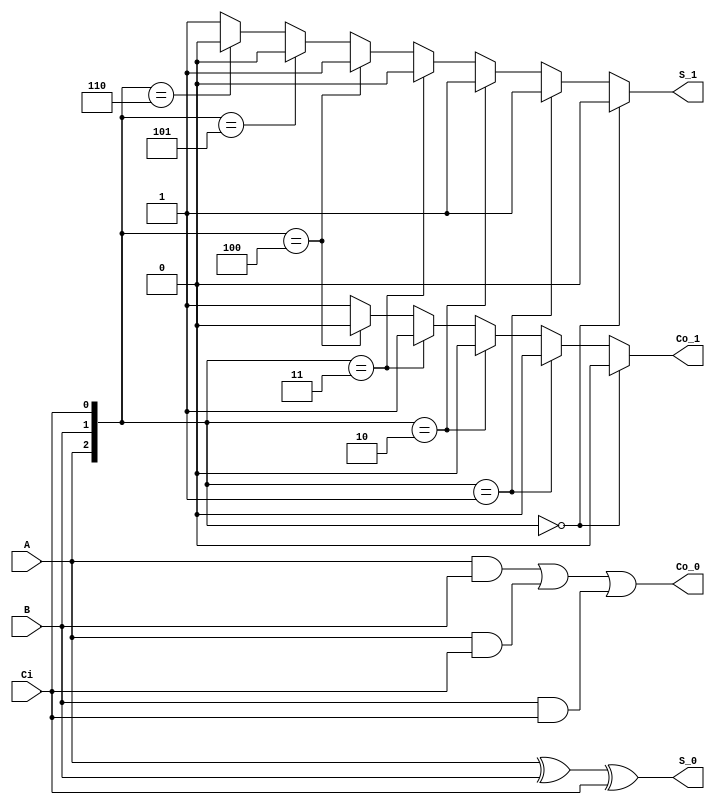
// Ch07 adder1.v
// @[k (assign zP if z)

module adder1 (S_0, S_1, Co_0, Co_1, A, B, Ci);
input  A, B, Ci;		// A, B, Ci @J
output S_0, S_1, Co_0, Co_1; 	// S [kM, Co i
reg    S_1, Co_1;		// is

// L{yz 
assign S_0 = A ^ B ^ Ci;
assign Co_0 = (A & B) | (A & Ci) | (B & Ci);

// duyz 
always@ (A or B or Ci)
  if      ({A,B,Ci} == 3'b000)    {Co_1,S_1} = 2'b00; 
  else if ({A,B,Ci} == 3'b001)    {Co_1,S_1} = 2'b01; 
  else if ({A,B,Ci} == 3'b010)    {Co_1,S_1} = 2'b01; 
  else if ({A,B,Ci} == 3'b011)    {Co_1,S_1} = 2'b10; 
  else if ({A,B,Ci} == 3'b100)    {Co_1,S_1} = 2'b01; 
  else if ({A,B,Ci} == 3'b101)    {Co_1,S_1} = 2'b10; 
  else if ({A,B,Ci} == 3'b110)    {Co_1,S_1} = 2'b10; 
  else                            {Co_1,S_1} = 2'b11; 

endmodule